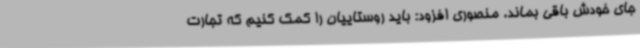
جای خودش باقی بماند. منصوری افزود: باید روستاییان را کمک کنیم که تجارت